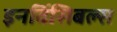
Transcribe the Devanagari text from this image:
इनविंसिबल्स